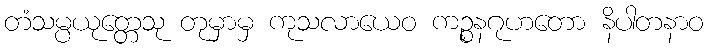
တံသမ္ပယုတ္တေသု တုမှာမှ ကုသလာယေဝ ကဉ္စနဂုဟတော နိပါတနာဝ